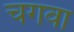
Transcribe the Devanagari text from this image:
चगवा